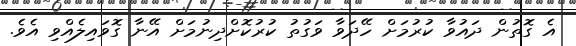
އެ ގޮތުން ދައުވާ ކުރުމަށް ހޭދަވާ ވަގުތު ކުރުކޮށްދިނުމަށް އޭނާ ގޮވައިލެއްވި އެވެ.